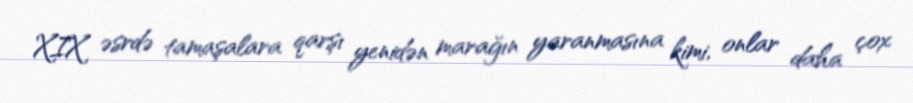
XIX əsrdə tamaşalara qarşı yenidən marağın yaranmasına kimi, onlar daha çox